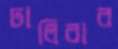
ঢালিবার